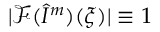
\vert \mathcal { F } ( \hat { I } ^ { m } ) ( \boldsymbol { \xi } ) \vert \equiv 1